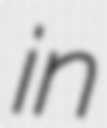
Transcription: in